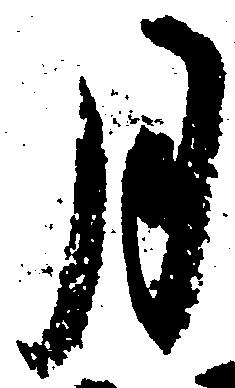
月